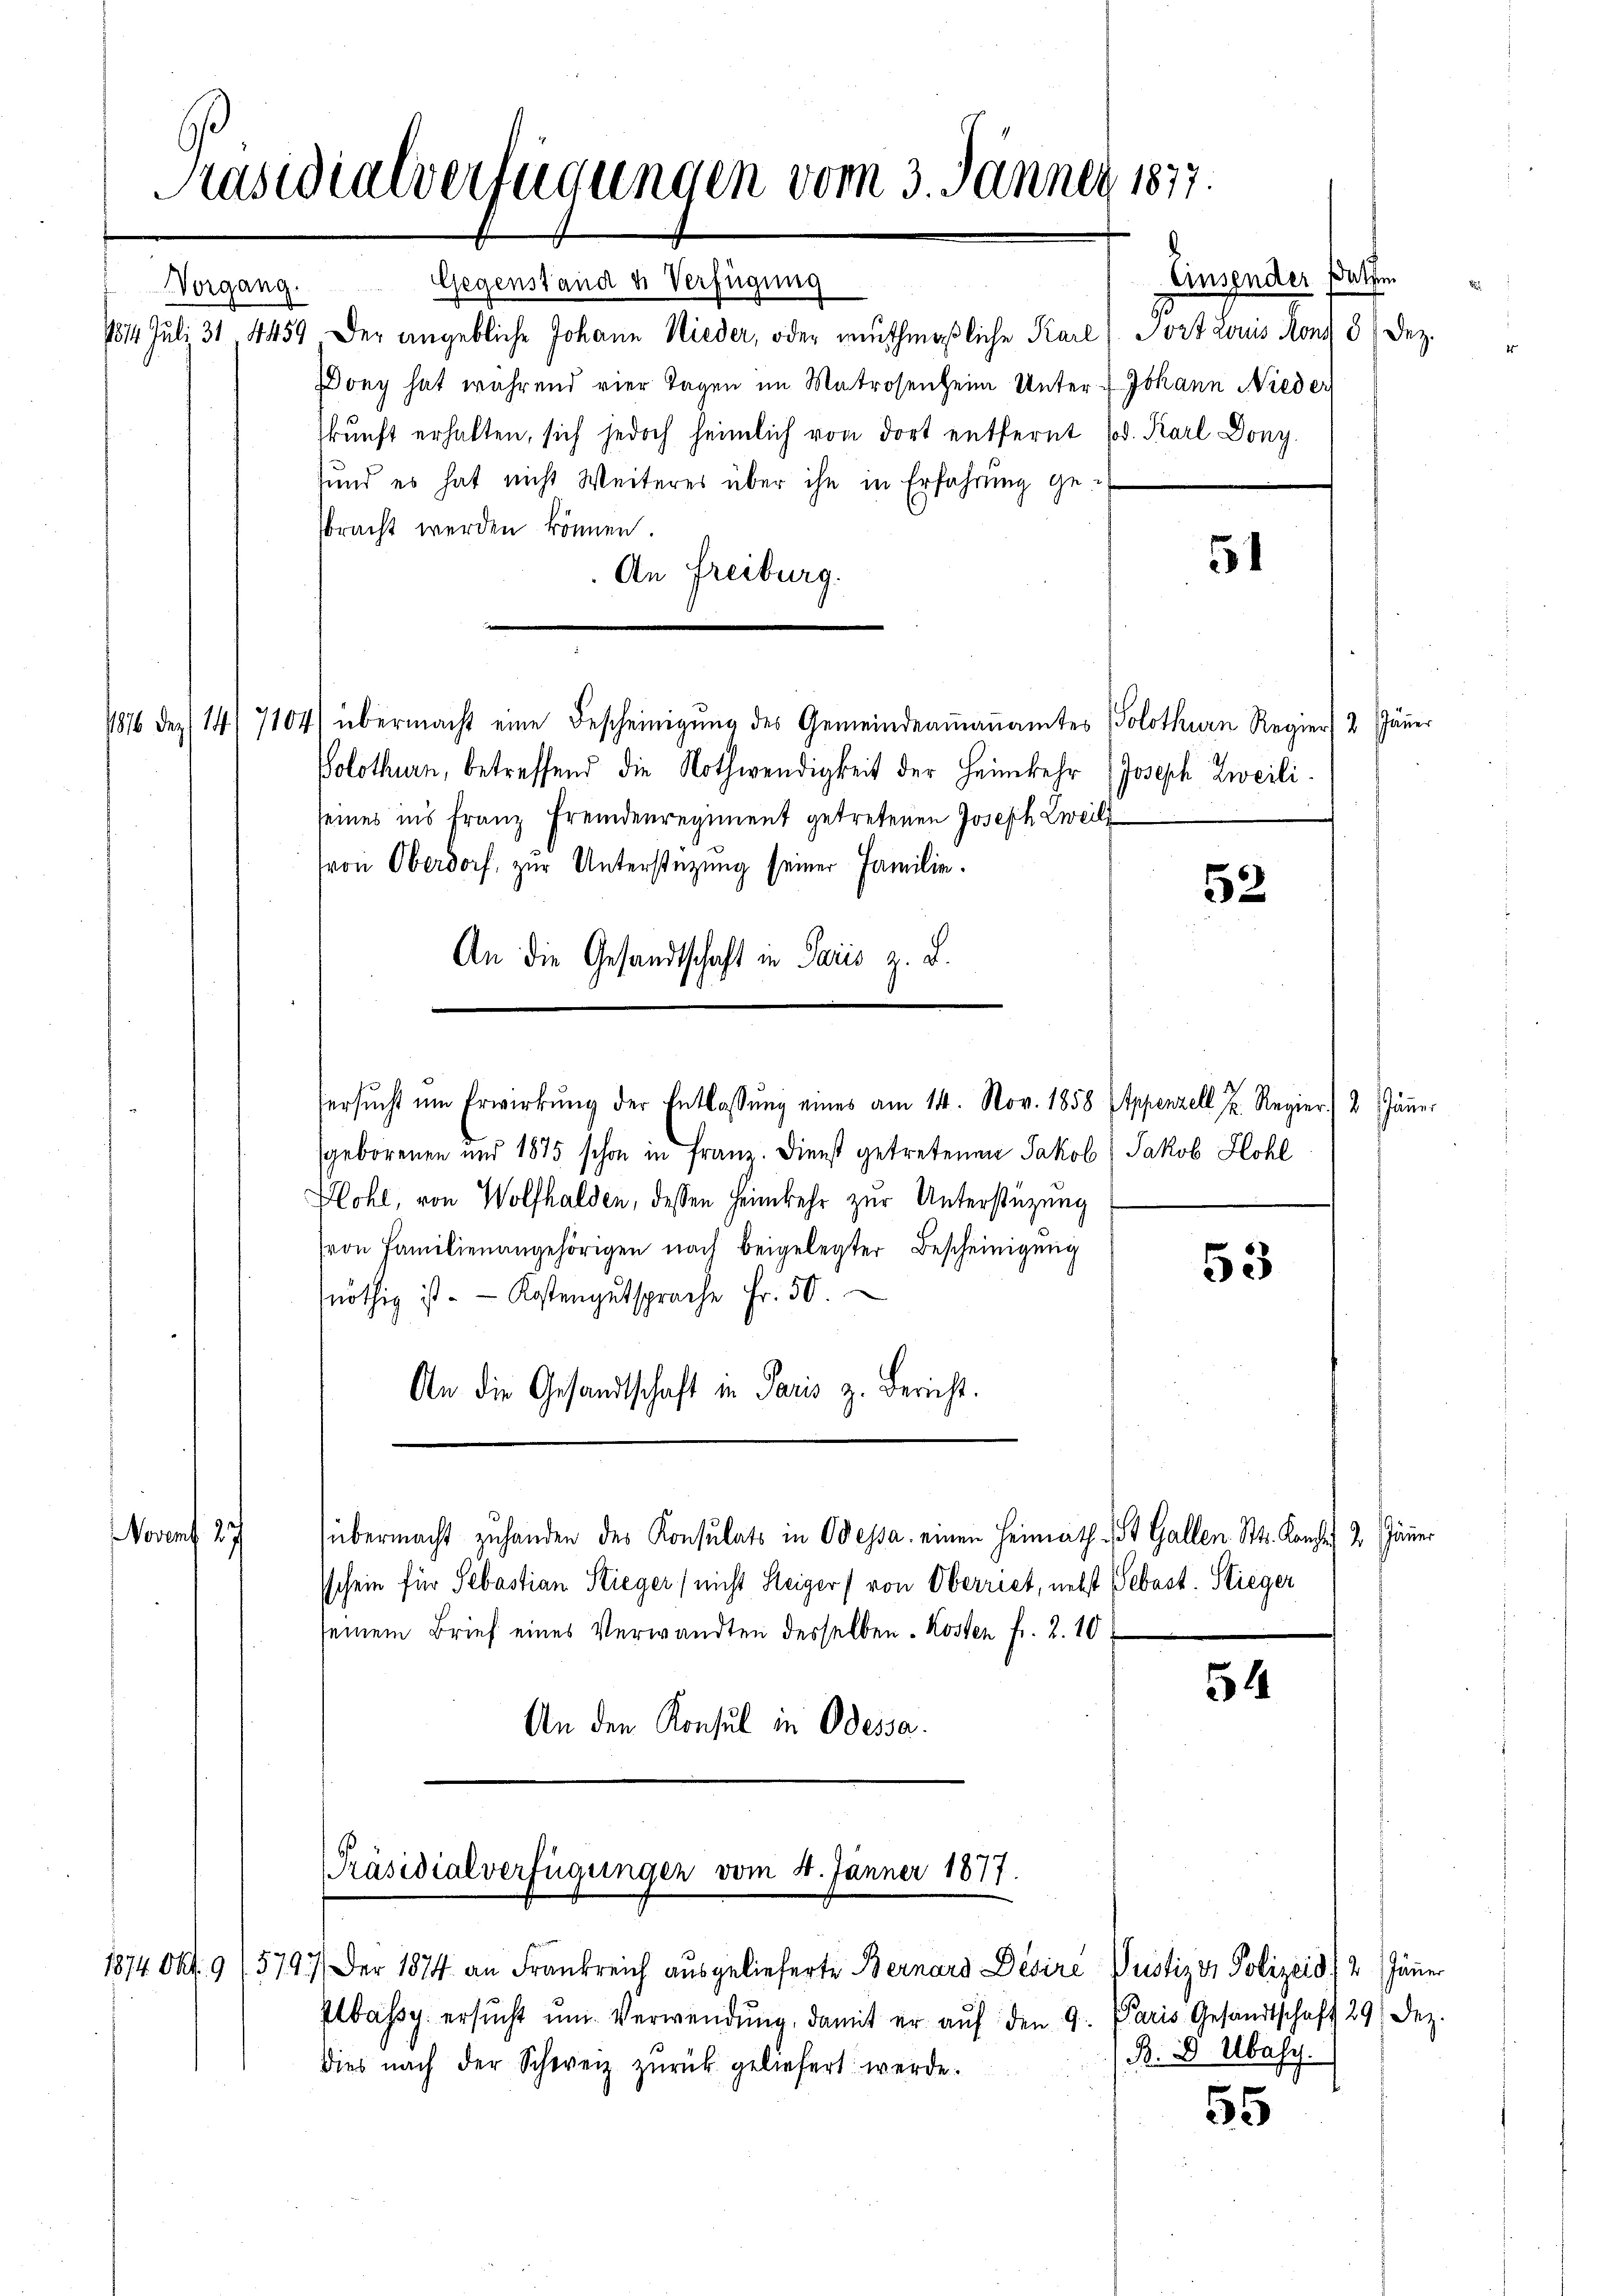
1874 Okt. 9 15797 der 1874 an Frankreich ausgelieferte Bernard Desire Justiz in Polizeid) 2. Jänner
Ibassy ersŭcht ŭm Verwendŭng, damit er aŭf den 9. Paris Gesandtschaft 29 Dez.
dies nach der Schweiz zŭrück geliefert werde.

Präsidialverfügungen vom 3. Jänner 1877.

Gegenstand u. Verfügung
1814. Juli 31. 4459 der angebliche Johann Nieder, oder muthmaßliche Karl (Fort Louis Rony 3 Dez.
Dony hat während vier Tagen im Matrosenheim Unter-Johann Nieder
skunft erhalten, sich jedoch heimlich von dort entfernt (od. Karl Dony.
sund es hat nicht Weiteres über ihn in Erfahrŭng ge-
sbracht werden können.
An Freiburg.
1876 des 14. 7104) übermacht eine Bescheinigŭng des Gemeindeaṁaṅamtes (Solothurn Regier 2 Jäṅer
Solothurn, betreffend die Nothwendigkeit der Heimkehr Joseph Zweili
seines ins Franz Fremdenregiment getretenen Joseph Zweil
(von Oberdorf, zur Unterstützung seiner Familie.
An die Gesandtschaft in Paris z. B.
ersŭcht um Erwirkŭng der Entlassŭng eines am 14. Nov. 1858 (Appenzell u. Regier 2 Jäṅer
geborenen und 1875 schon in Franz. Dienst getretenen Jakob Jakob Hohl
Hohl, von Wolfhalden, dessen Heimkehr zur Unterstüzung
von Familienangehörigen nach beigelegter Bescheinigŭng
53
nöthig ist. Kostengutsprache Fr. 50.
An die Gesandtschaft in Paris z. Bericht.
Novent 27
übermacht zu handen des Konsulats in Odessa einen Heimath St. Gallen St. Konfer 2. Jänner
sschein für Sebastian Stieger (nicht Steiger (von Oberriet, nebst Sebast. Stieger
seinem Brief eines Verwandten desselben Kosten fr. 2. 10
54
An den Konsul in Odessa.

Vorgang.

[Präsidialverfügungen vom 4. Jänner 1877.

51

52

Einsender Datum

R. D Ubasy.

55